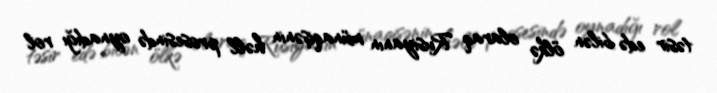
təsir edə bilən ölkə olaraq Rusiyanın münaqişənin həll prosesində oynadığı rol